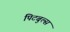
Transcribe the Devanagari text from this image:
पिटबुल्स